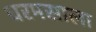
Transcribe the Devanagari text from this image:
धरमसाला